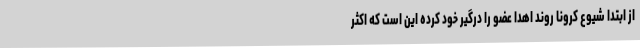
از ابتدا شیوع کرونا روند اهدا عضو را درگیر خود کرده این است که اکثر